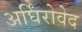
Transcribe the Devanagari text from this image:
अर्घिंरोवेद